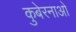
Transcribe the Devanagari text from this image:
कुबेरनाओ